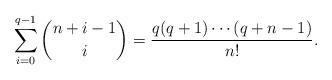
LaTeX: \begin{align*}\sum_{i=0}^{q-1}\binom{n+i-1}{i}=\frac{q(q+1)\cdots (q+n-1)}{n!}.\end{align*}